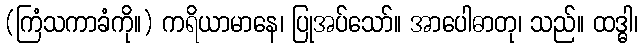
(ကြံသကာခံကို။) ကရိယာမာနေ၊ ပြုအပ်သော်။ အာပေါဓာတု၊ သည်။ ထဒ္ဓါ၊